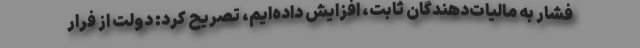
فشار به مالیات‌دهندگان ثابت، افزایش داده‌ایم، تصریح کرد: دولت از فرار